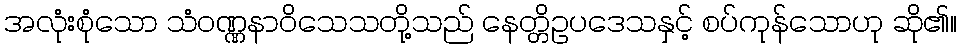
အလုံးစုံသော သံဝဏ္ဏနာဝိသေသတို့သည် နေတ္တိဥပဒေသနှင့် စပ်ကုန်သောဟု ဆို၏။